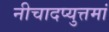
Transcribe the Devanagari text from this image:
नीचादप्युत्तमां